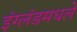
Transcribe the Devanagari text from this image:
इंग्लंडमधले